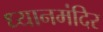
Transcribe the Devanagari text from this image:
ध्यानमंदिर